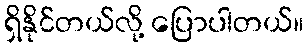
ရှိနိုင်တယ်လို့ ပြောပါတယ်။